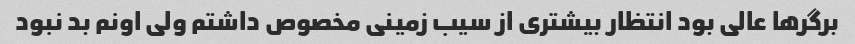
برگر‌ها عالی بود انتظار بیشتری از سیب زمینی مخصوص داشتم ولی اونم‌ بد نبود